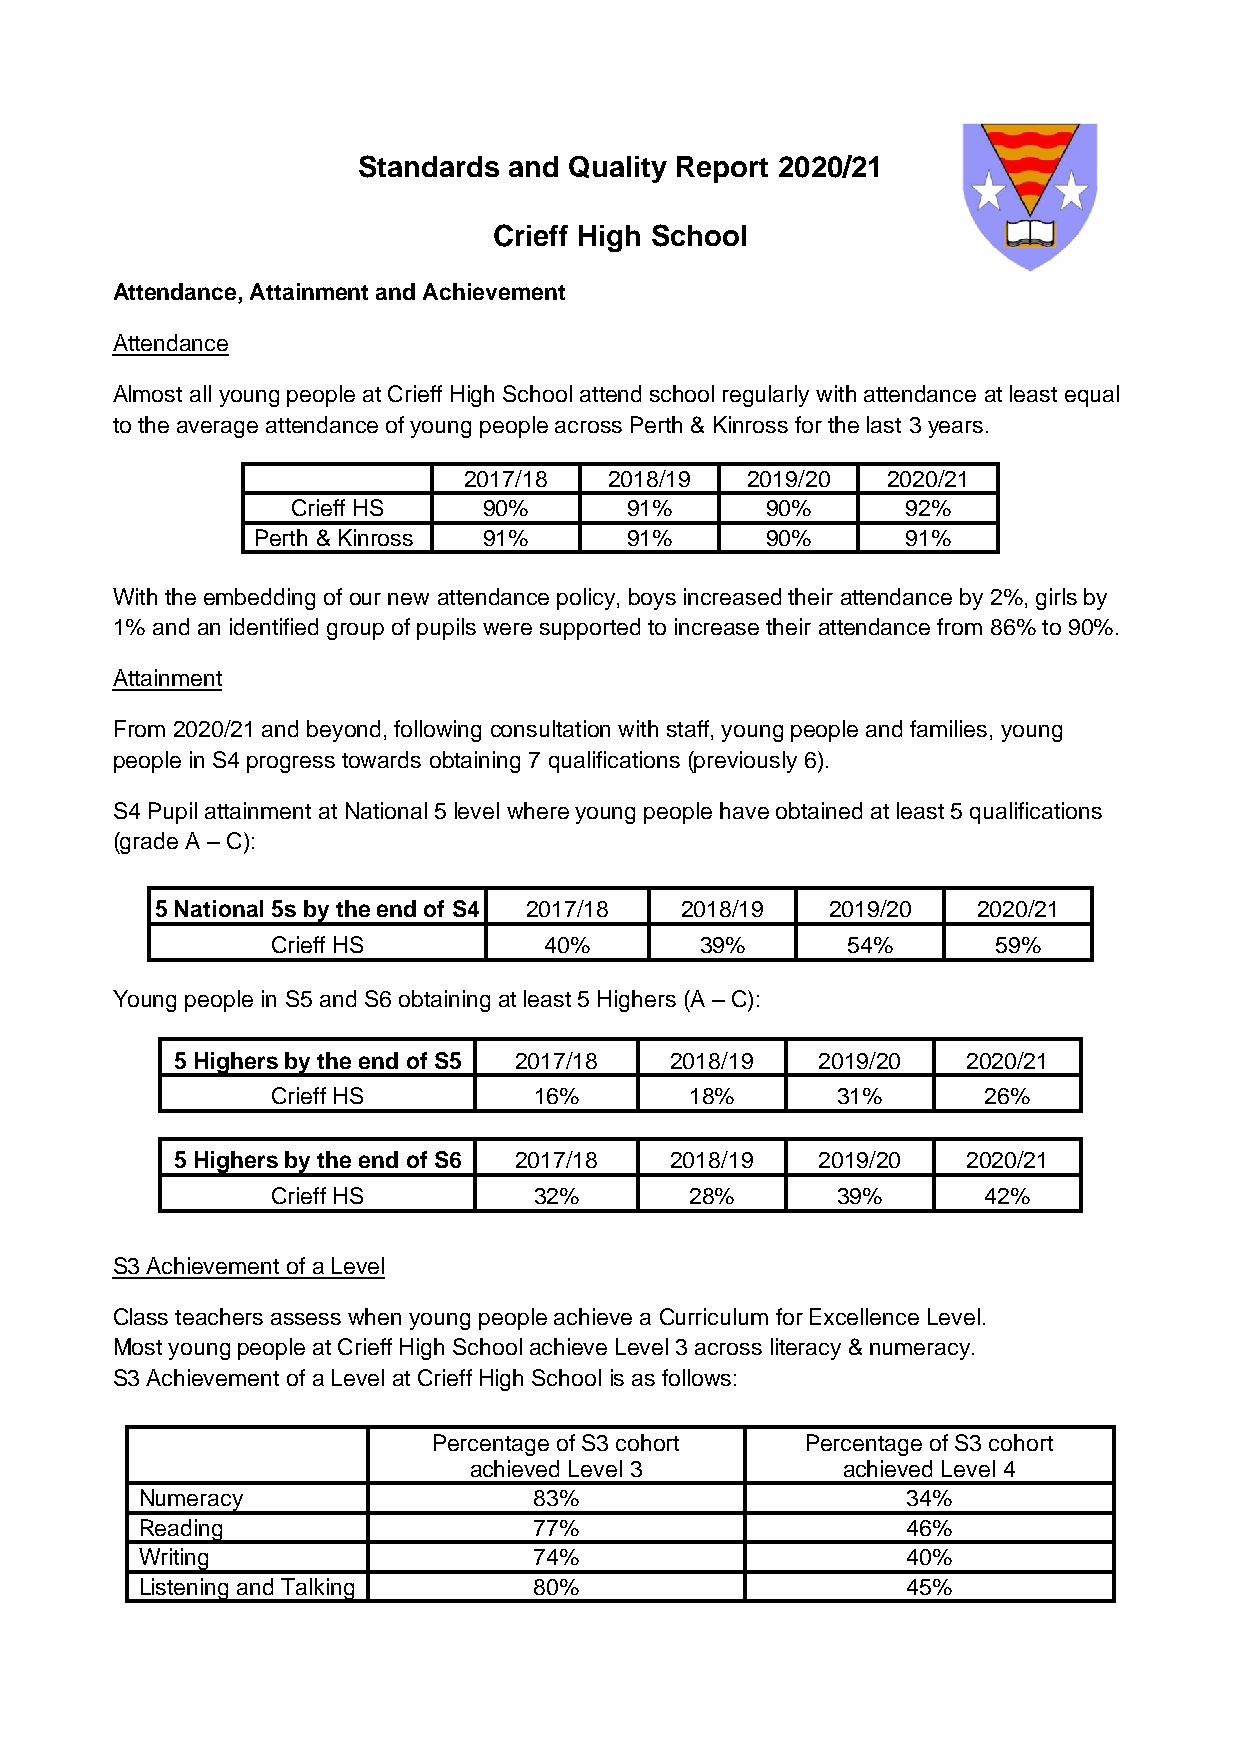
Standards and Quality Report 2020/21
 Crieff High School
 Attendance, Attainment and Achievement
 Attendance
 Almost all young people at Crieff High School attend school regularly with attendance at least equal
 to the average attendance of young people across Perth & Kinross for the last 3 years.
 2017/18  2018/19  2019/20   2020/21
 Crieff HS    90%      91%       90%      92%
 Perth & Kinross 91%     91%       90%      91%
 With the embedding of our new attendance policy, boys increased their attendance by 2%, girls by
 1% and an identified group of pupils were supported to increase their attendance from 86% to 90%.
 Attainment
 From 2020/21 and beyond, following consultation with staff, young people and families, young
 people in S4 progress towards obtaining 7 qualifications (previously 6).
 S4 Pupil attainment at National 5 level where young people have obtained at least 5 qualifications
 (grade A – C):
 5 National 5s by the end of S4 2017/18 2018/19 2019/20 2020/21
 Crieff HS         40%       39%       54%       59%
 Young people in S5 and S6 obtaining at least 5 Highers (A – C):
 5 Highers by the end of S5 2017/18 2018/19 2019/20   2020/21
 Crieff HS        16%        18%      31%       26%
 5 Highers by the end of S6 2017/18 2018/19 2019/20   2020/21
 Crieff HS        32%        28%      39%       42%
 S3 Achievement of a Level
 Class teachers assess when young people achieve a Curriculum for Excellence Level.
 Most young people at Crieff High School achieve Level 3 across literacy & numeracy.
 S3 Achievement of a Level at Crieff High School is as follows:
 Percentage of S3 cohort Percentage of S3 cohort
 achieved Level 3         achieved Level 4
 Numeracy                  83%                      34%
 Reading                   77%                      46%
 Writing                   74%                      40%
 Listening and Talking     80%                      45%